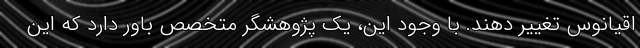
اقیانوس تغییر دهند. با وجود این، یک پژوهشگر متخصص باور دارد که این